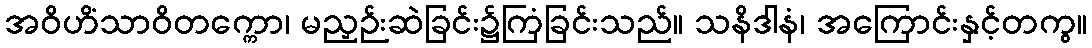
အဝိဟိံသာဝိတက္ကော၊ မညှဉ်းဆဲခြင်း၌ကြံခြင်းသည်။ သနိဒါနံ၊ အကြောင်းနှင့်တကွ။